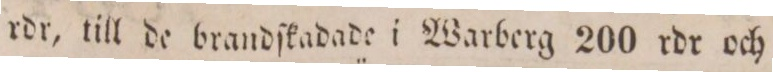
rdr, till de brandſkadade i Warberg 200 rdr och